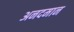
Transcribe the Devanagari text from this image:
अनदमान